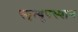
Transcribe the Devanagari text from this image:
स्मृत्युपस्थान